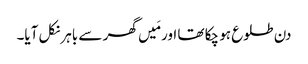
دن طلوع ہو چکا تھا اور مَیں گھر سے باہر نکل آیا۔